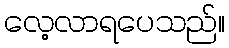
လေ့လာရပေသည်။